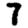
Digit: 7